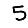
Digit: 5